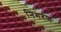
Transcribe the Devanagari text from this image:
निगरण